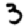
Digit: 3